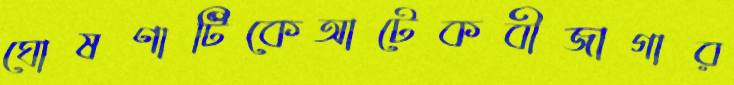
ঘোষণাটিকেআটেকবীজাগার